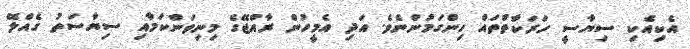
އެކިއެކި ސިޔާސީ ހަރަކާތްތައް ހިންގަމުންނެވެ. އަދި އެމީހުން ރާއްޖޭގެ މިނިވަންކަމާއި ސިޔާސަތު ގެއްލޭ